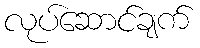
လုပ်ဆောင်ချက်